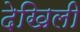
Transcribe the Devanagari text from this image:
देखिली